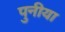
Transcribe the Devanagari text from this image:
पुनीया